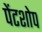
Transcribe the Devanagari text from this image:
पेंटशोप